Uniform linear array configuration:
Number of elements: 16
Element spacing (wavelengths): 0.75
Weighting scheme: exponential
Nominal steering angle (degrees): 0
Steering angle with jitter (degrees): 1.033
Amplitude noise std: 0.05
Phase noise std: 0.05

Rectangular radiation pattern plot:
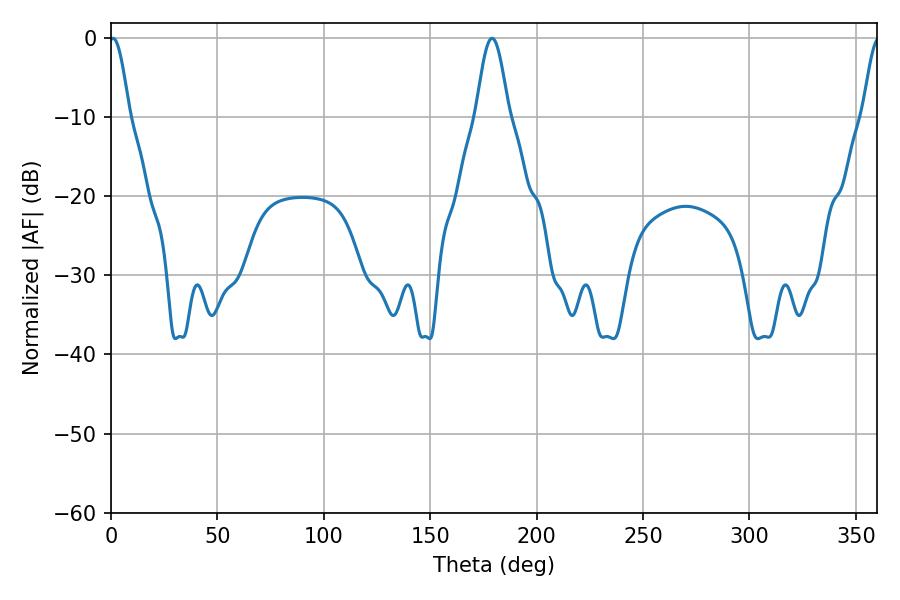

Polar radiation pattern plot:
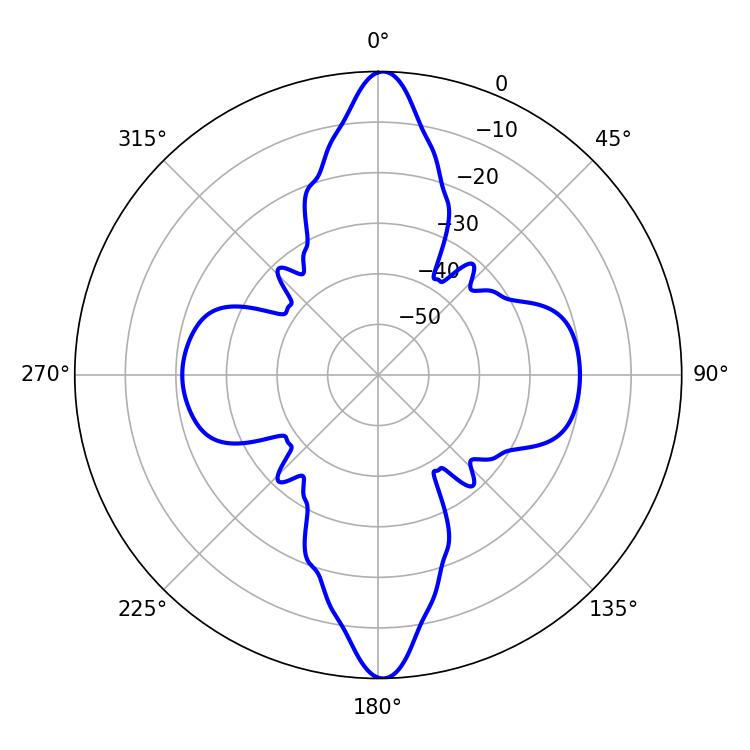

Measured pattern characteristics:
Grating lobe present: TRUE
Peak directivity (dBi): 25.019
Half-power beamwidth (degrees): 5.04
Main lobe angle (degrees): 0.9